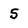
Character: 5